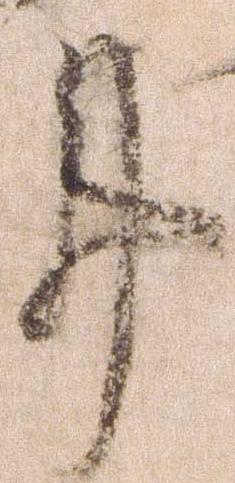
事